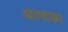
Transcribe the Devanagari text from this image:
आत्माका